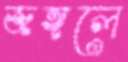
জঙ্গলে